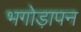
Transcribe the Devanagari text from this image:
भगोड़ापन